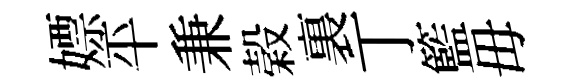
嫖平兼榖裏丁籃毋